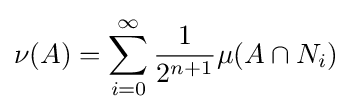
\nu (A)=\sum _{i=0}^{\infty }{\frac {1}{2^{n+1}}}\mu (A\cap N_{i})